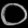
Digit: ၀